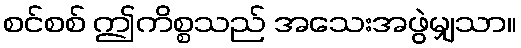
စင်စစ် ဤကိစ္စသည် အသေးအဖွဲမျှသာ။